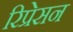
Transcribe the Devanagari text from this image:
रिप्रेसन